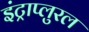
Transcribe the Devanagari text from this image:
इंट्राप्लुरल